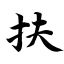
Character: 扶